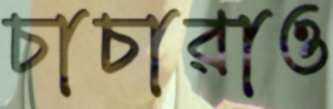
চাচারাও